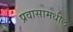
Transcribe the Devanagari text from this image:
प्रवासामधील